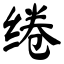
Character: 绻